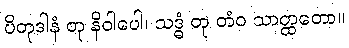
ပိတုဒါနံ တု နိဝါပေါ၊ သဒ္ဓံ တု တံဝ သာတ္ထတော။